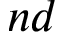
n d